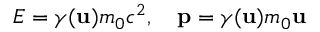
E = \gamma ( \mathbf { u } ) m _ { 0 } c ^ { 2 } , \quad \mathbf { p } = \gamma ( \mathbf { u } ) m _ { 0 } \mathbf { u }